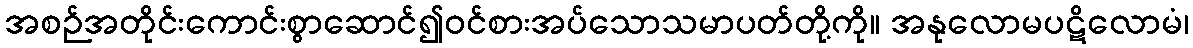
အစဉ်အတိုင်းကောင်းစွာဆောင်၍ဝင်စားအပ်သောသမာပတ်တို့ကို။ အနုလောမပဋိလောမံ၊